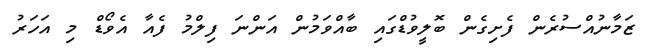
ޒަމާނުއްސުރެން ފެށިގެން ބޮލީވުޑްގައި ބާއްވަމުން އަންނަ ފިލްމު ފެއާ އެވޯޑް މި އަހަރު